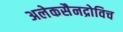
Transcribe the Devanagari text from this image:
अलेकसैनद्रोविच